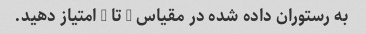
به رستوران داده شده در مقیاس 1 تا 5 امتیاز دهید.